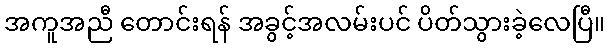
အကူအညီ တောင်းရန် အခွင့်အလမ်းပင် ပိတ်သွားခဲ့လေပြီ။